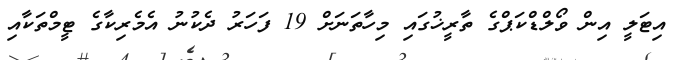
އިޓަލީ އިން ވޯލްޑްކަޕްގެ ތާރީޚުގައި މިހާތަނަށް 19 ފަހަރު ދެކުނު އެމެރިކާގެ ޓީމްތަކާއި